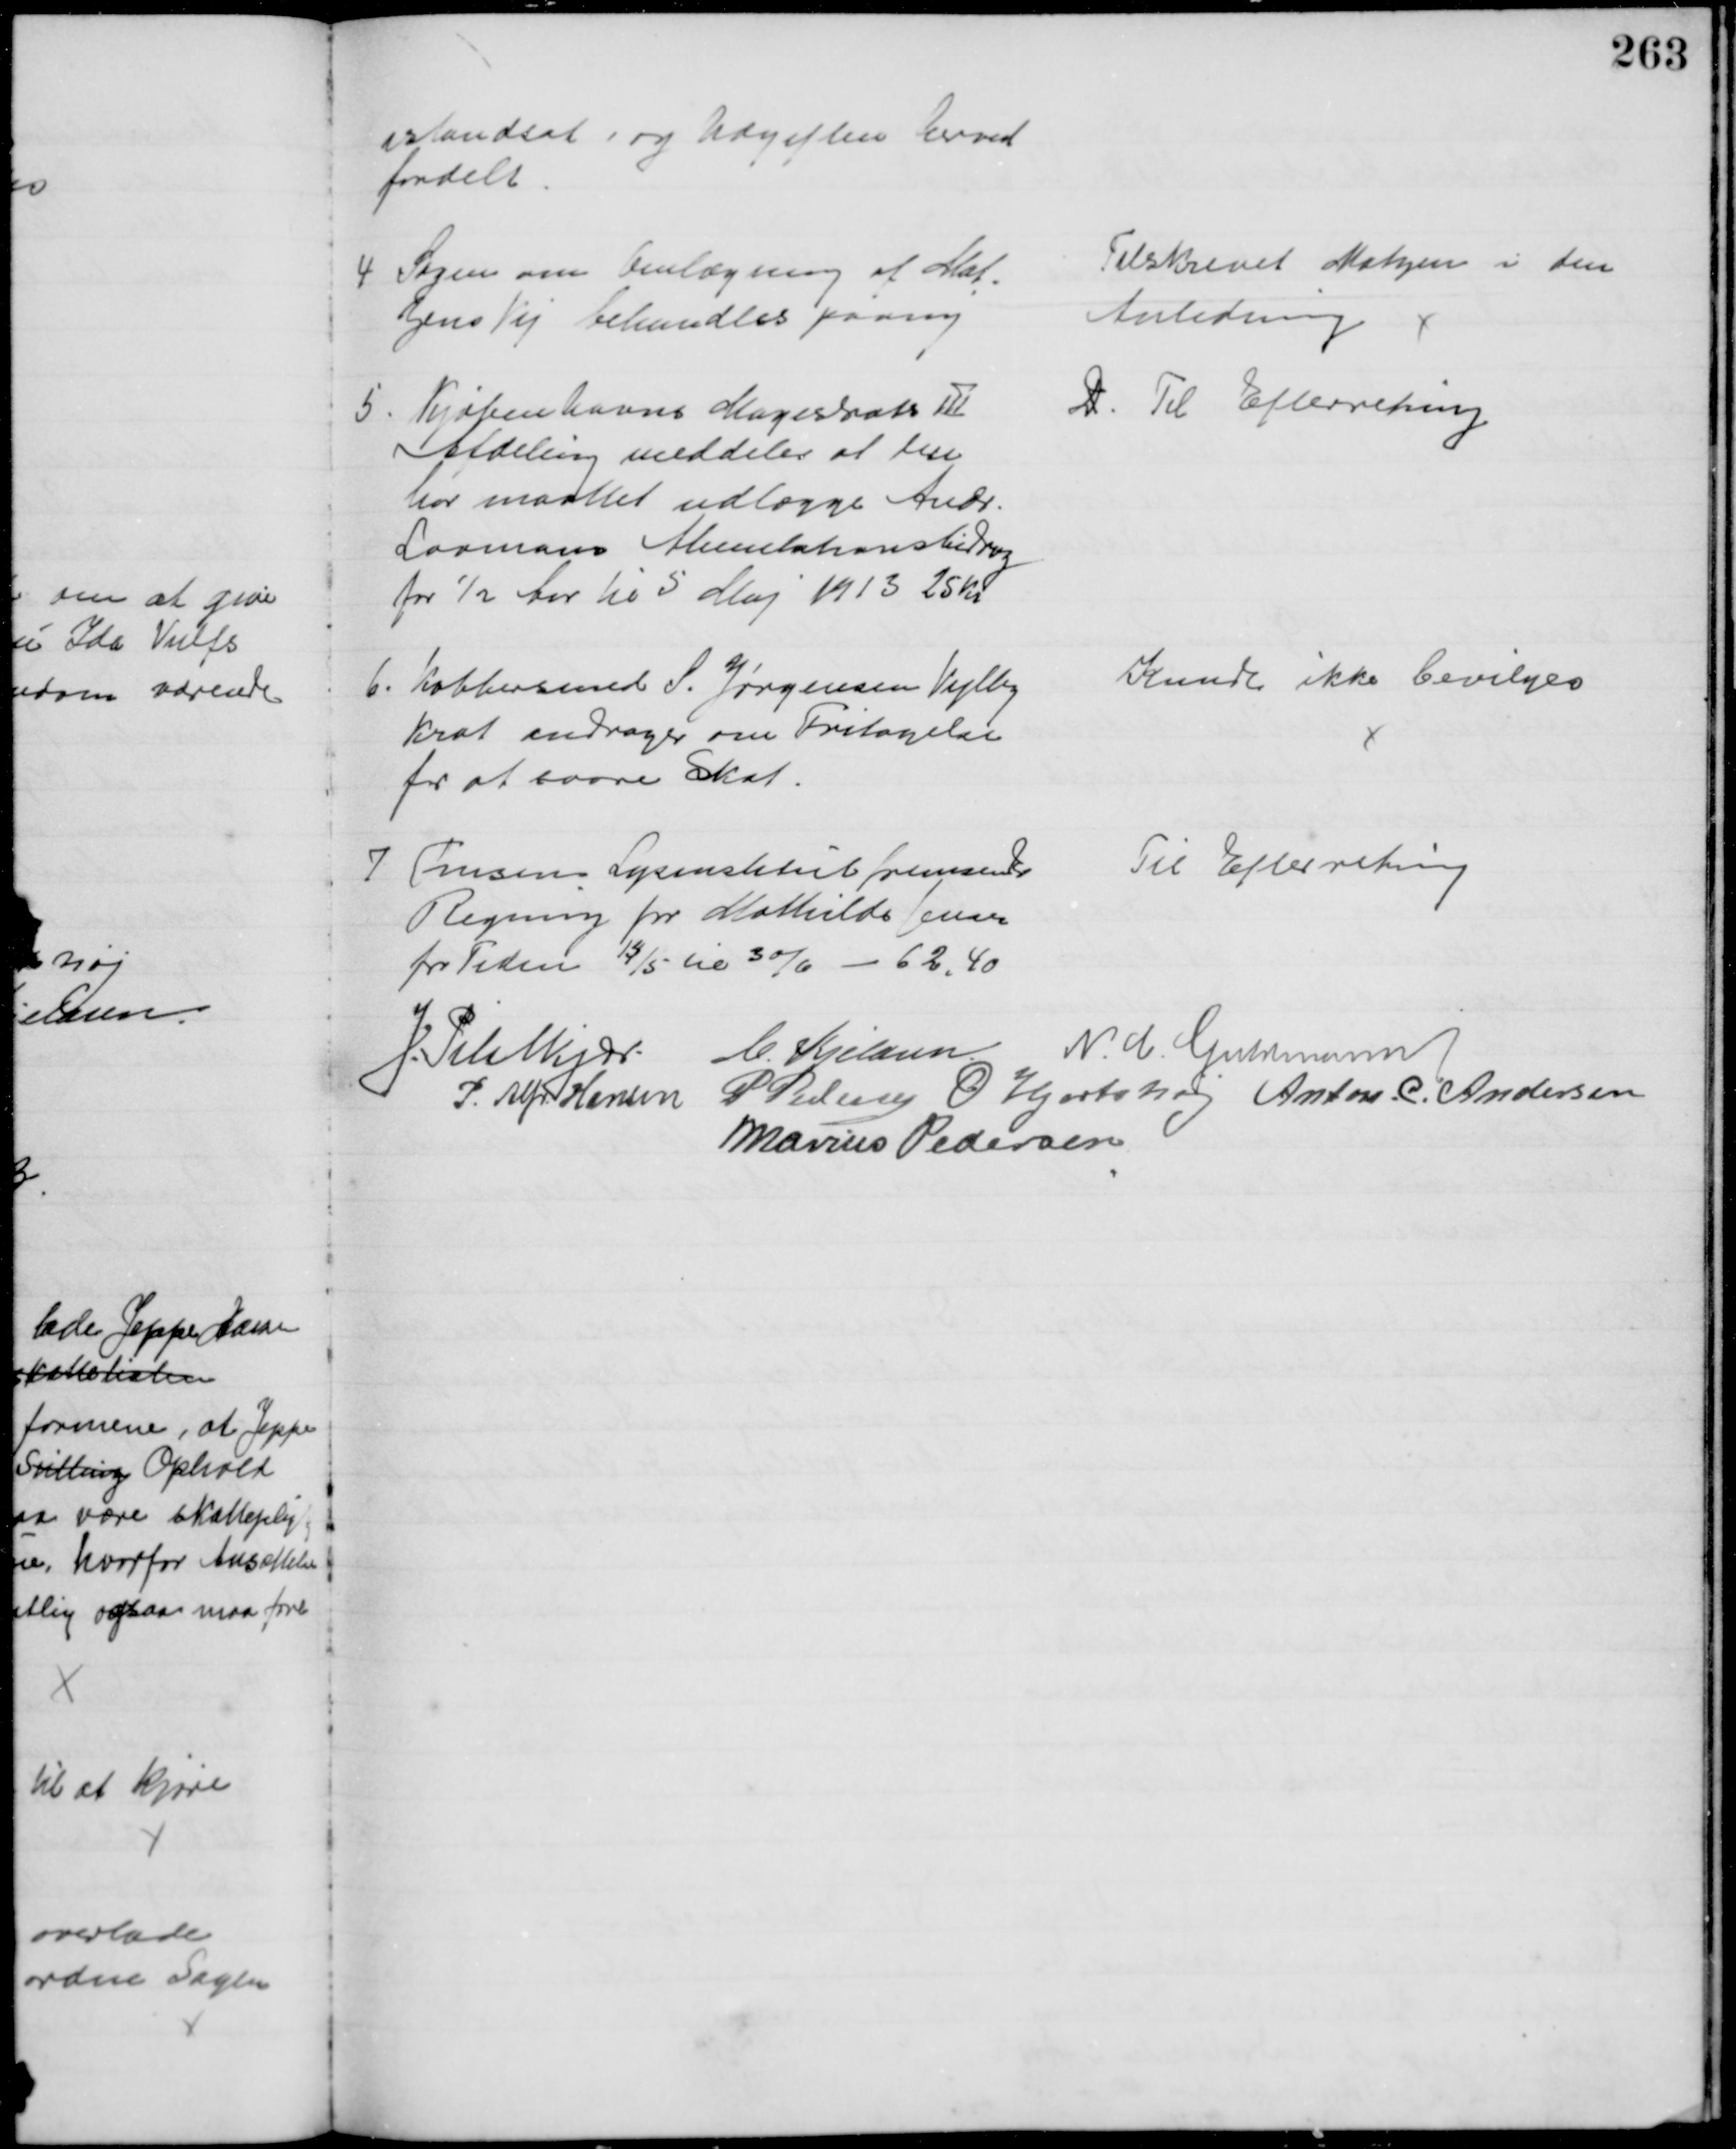
Transskription:
istandsat, og Udgiften herved
fordelt.
4 Sagen om Omlægning af Mat-
zens Vej behandles paany
Tilskrevet Matzen i den
Anledning
5. Kjøbenhavns Magistrats III
Afdeling meddeler at den
har maattet udlægge Andr.
Lovmans Alimentationsbidrag
for ½ Aar til 5 Maj 1913 25 Kr
D. Til Efterretning
6. Kobbersmed S. Jørgensen Vejlby
Krat andrager om Fritagelse
for at svare Skat.
Kunde ikke bevilges
7 Finsens Lysinstitut fremsender
Regning for Mathilde Jensen
for Tiden 14/5 til 30/6 - 62,40
Til Efterretning
J. Pihlkjær C. Kjeldsen N. C. Guldmann
P. Alfr. Hansen P Pedersen O Hjortshøj Anton. C. Andersen
Marius Pedersen